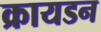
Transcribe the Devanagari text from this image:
क्रायडन